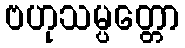
ဗဟုသမ္ပတ္တော